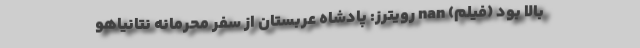
بالا بود (فیلم) nan رویترز: پادشاه عربستان از سفر محرمانه نتانیاهو